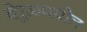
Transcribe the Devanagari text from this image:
वेरुळमधील